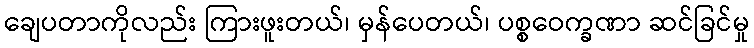
ချေပတာကိုလည်း ကြားဖူးတယ်၊ မှန်ပေတယ်၊ ပစ္စဝေက္ခဏာ ဆင်ခြင်မှု